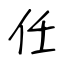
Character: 任